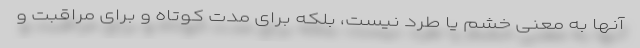
آنها به معنی خشم یا طرد نیست، بلکه برای مدت کوتاه و برای مراقبت و